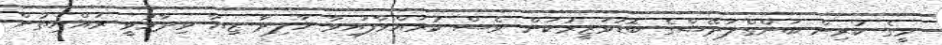
މީގެ ކުރިން ބަންގްލަދޭޝްގެ ބޮޑުވަޒީރުކަން ވެސް ކުރައްވާފައިވާ ހާލިދާ ޒިއާ ވިދާޅުވީ ރައްޔިތުން